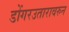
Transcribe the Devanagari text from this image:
डोंगरउतारावरुन